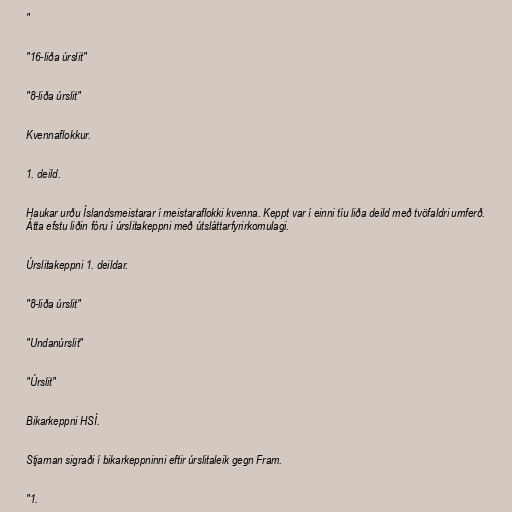
"

"16-liða úrslit"

"8-liða úrslit"

Kvennaflokkur.

1. deild.

Haukar urðu Íslandsmeistarar í meistaraflokki kvenna. Keppt var í einni tíu liða deild með tvöfaldri umferð.
Átta efstu liðin fóru í úrslitakeppni með útsláttarfyrirkomulagi.

Úrslitakeppni 1. deildar.

"8-liða úrslit"

"Undanúrslit"

"Úrslit"

Bikarkeppni HSÍ.

Stjarnan sigraði í bikarkeppninni eftir úrslitaleik gegn Fram.

"1.